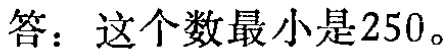
答：这个数最小是$250$。